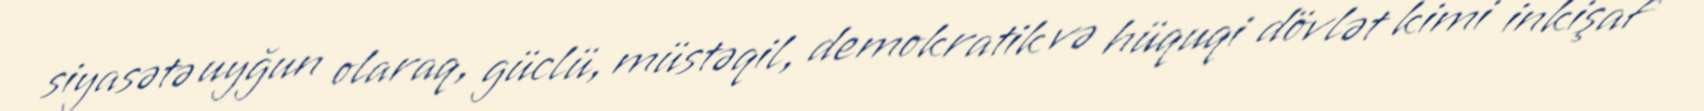
siyasətə uyğun olaraq, güclü, müstəqil, demokratik və hüquqi dövlət kimi inkişaf